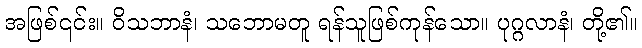
အဖြစ်၎င်း။ ဝိသဘာနံ၊ သဘောမတူ ရန်သူဖြစ်ကုန်သော။ ပုဂ္ဂလာနံ၊ တို့၏။